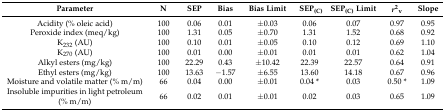
<table><thead><tr><td><b>Parameter</b></td><td><b>N</b></td><td><b>SEP</b></td><td><b>Bias</b></td><td><b>Bias Limit</b></td><td><b>SEP<sub>(C)</sub></b></td><td><b>SEP<sub>(C)</sub> Limit</b></td><td><b><i>r</i><sup>2</sup><sub>v</sub></b></td><td><b>Slope</b></td></tr></thead><tbody><tr><td>Acidity (% oleic acid)</td><td>100</td><td>0.06</td><td>0.01</td><td>±0.03</td><td>0.06</td><td>0.07</td><td>0.97</td><td>0.95</td></tr><tr><td>Peroxide index (meq/kg)</td><td>100</td><td>1.31</td><td>0.05</td><td>±0.70</td><td>1.31</td><td>1.52</td><td>0.68</td><td>0.92</td></tr><tr><td>K<sub>232</sub> (AU)</td><td>100</td><td>0.10</td><td>0.01</td><td>±0.05</td><td>0.10</td><td>0.12</td><td>0.69</td><td>1.10</td></tr><tr><td>K<sub>270</sub> (AU)</td><td>100</td><td>0.01</td><td>0.00</td><td>±0.01</td><td>0.01</td><td>0.01</td><td>0.62</td><td>1.04</td></tr><tr><td>Alkyl esters (mg/kg)</td><td>100</td><td>22.29</td><td>0.43</td><td>±10.42</td><td>22.39</td><td>22.57</td><td>0.64</td><td>0.91</td></tr><tr><td>Ethyl esters (mg/kg)</td><td>100</td><td>13.63</td><td>−1.57</td><td>±6.55</td><td>13.60</td><td>14.18</td><td>0.67</td><td>0.96</td></tr><tr><td>Moisture and volatile matter (% m/m)</td><td>66</td><td>0.04</td><td>0.00</td><td>±0.01</td><td>0.04 *</td><td>0.03</td><td>0.50 *</td><td>1.09</td></tr><tr><td>Insoluble impurities in light petroleum (% m/m)</td><td>66</td><td>0.02</td><td>0.01</td><td>±0.01</td><td>0.02</td><td>0.03</td><td>0.65</td><td>1.09</td></tr></tbody></table>